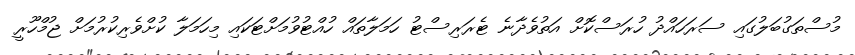
މުސްތަގުބަލުގައި ސަރަހައްދު ހުރަސްކޮށް އަތުވެދާނެ ޓެރަރިސްޓު ހަމަލާތައް ހުއްޓުވުމަށްޓަކައި މިހަމަލާ ކުށްވެރިކުރުމަށް ޖުމްހޫރީ